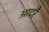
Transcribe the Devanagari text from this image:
आदरै